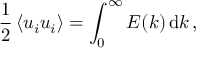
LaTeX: { \frac { 1 } { 2 } } \left\langle u _ { i } u _ { i } \right\rangle = \int _ { 0 } ^ { \infty } E ( k ) \, \mathrm { d } k \, ,